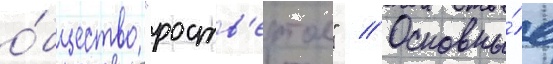
о́бщество "роств'ертол" // Основны́е